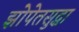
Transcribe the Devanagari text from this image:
झोपेतसुद्धा